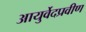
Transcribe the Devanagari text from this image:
आयुर्वेदप्रवीण